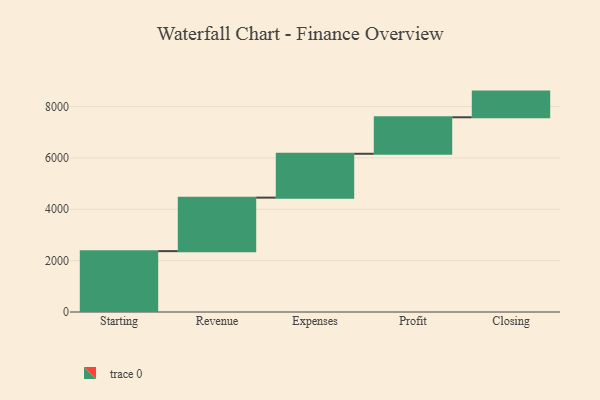
{"axis": {"x": "Step", "y": "Value"}, "legend": [""], "data": [{"x": "Starting", "y": 2370.0, "type": ""}, {"x": "Revenue", "y": 2084.0, "type": ""}, {"x": "Expenses", "y": 1708.0, "type": ""}, {"x": "Profit", "y": 1421.0, "type": ""}, {"x": "Closing", "y": 1000, "type": ""}]}